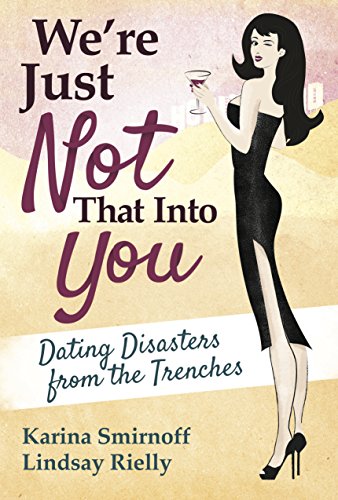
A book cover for We're Just Not That Into You: Dating Disasters from the Trenches; Karina Smirnoff; Self-Help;